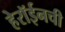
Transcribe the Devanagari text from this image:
हेरॉईनची